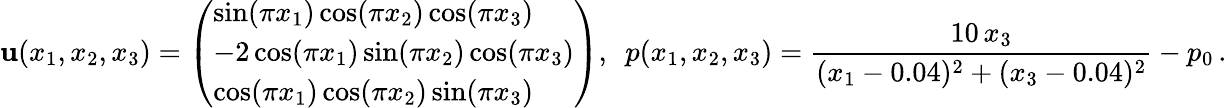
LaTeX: \mathbf{u}(x_{1},x_{2},x_{3})=\left(\begin{array}{l}{\sin(\pi x_{1})\cos(\pi x_{2})\cos(\pi x_{3})}\\ {-2\cos(\pi x_{1})\sin(\pi x_{2})\cos(\pi x_{3})}\\ {\cos(\pi x_{1})\cos(\pi x_{2})\sin(\pi x_{3})}\end{array}\right),\, \, \, p(x_{1},x_{2},x_{3})=\frac{10\, x_{3}}{(x_{1}-0.04)^{2}+(x_{3}-0.04)^{2}}-p_{0}\, .